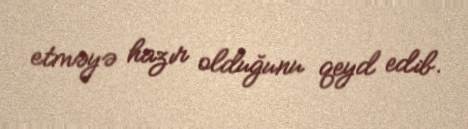
etməyə hazır olduğunu qeyd edib.